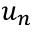
u _ { n }